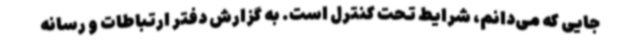
جایی که می‌دانم، شرایط تحت کنترل است. به گزارش دفتر ارتباطات و رسانه